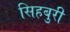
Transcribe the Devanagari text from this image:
सिहबुरी